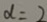
d = 2